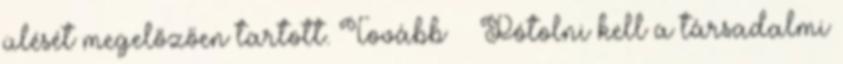
ülését megelőzően tartott. Tovább › ›Pótolni kell a társadalmi